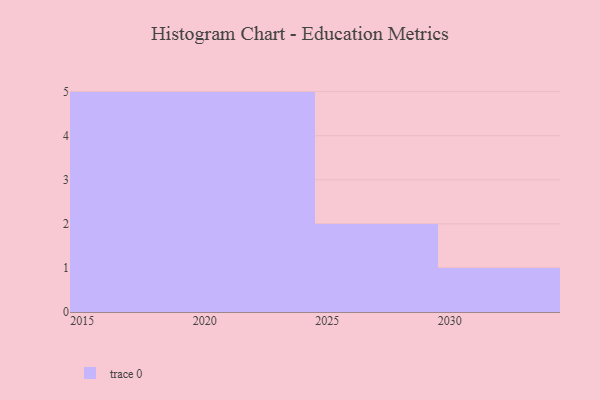
{"axis": {"x": "Year", "y": "Production Output"}, "legend": [""], "data": [{"x": "2016", "y": 8, "type": ""}, {"x": "2018", "y": 49, "type": ""}, {"x": "2030", "y": 93, "type": ""}, {"x": "2021", "y": 92, "type": ""}, {"x": "2028", "y": 79, "type": ""}, {"x": "2024", "y": 49, "type": ""}, {"x": "2017", "y": 80, "type": ""}, {"x": "2025", "y": 12, "type": ""}, {"x": "2015", "y": 92, "type": ""}, {"x": "2020", "y": 87, "type": ""}, {"x": "2023", "y": 49, "type": ""}, {"x": "2022", "y": 90, "type": ""}, {"x": "2019", "y": 65, "type": ""}]}